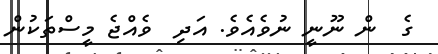
ގެ  ން ނޫނީ ނުވެއެވެ. އަދި  ވެއްޖެ މީސްތަކުން